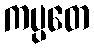
ကပ္ပတေ